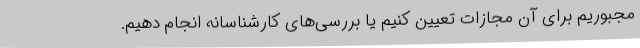
مجبوریم برای آن مجازات تعیین کنیم یا بررسی‌های کارشناسانه انجام دهیم.